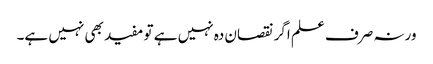
ورنہ صرف علم اگر نقصان دہ نہیں ہے تو مفید بھی نہیں ہے۔